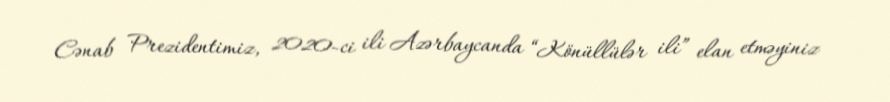
Cənab Prezidentimiz, 2020-ci ili Azərbaycanda “Könüllülər ili” elan etməyiniz